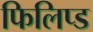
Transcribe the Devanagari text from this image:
फिलिप्ड